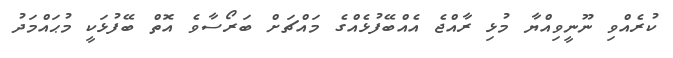
ކުރެއްވި ނޫނީވިއްޔާ މުޅި ރާއްޖެ އެއްބޭފުޅެއްގެ މައްޗަށް ބަރޯސާވެ އޮތް ބޭފުޅަކީ މުޙައްމަދު